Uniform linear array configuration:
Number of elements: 8
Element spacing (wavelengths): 0.75
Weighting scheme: cosine
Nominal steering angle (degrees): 30
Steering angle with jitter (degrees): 30.213
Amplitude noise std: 0.05
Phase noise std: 0.05

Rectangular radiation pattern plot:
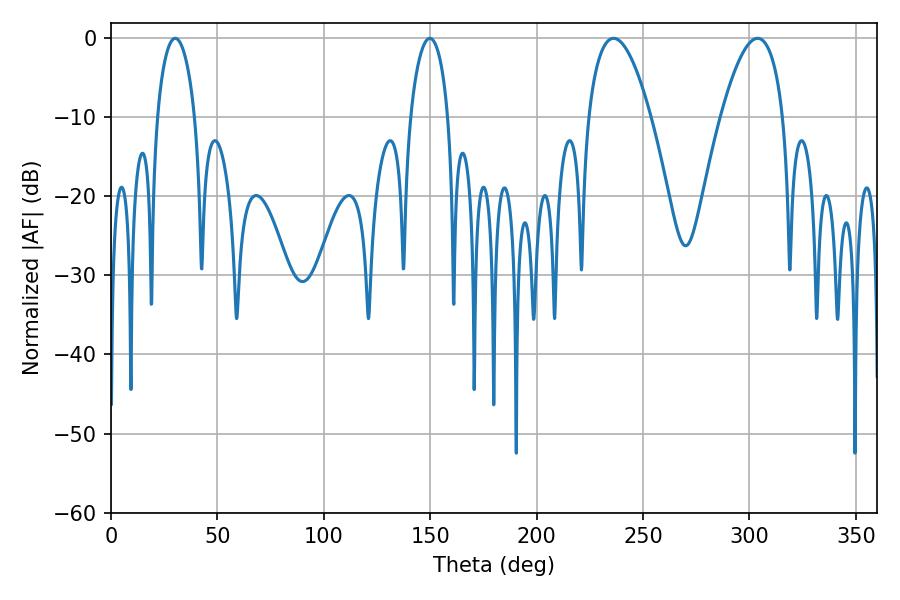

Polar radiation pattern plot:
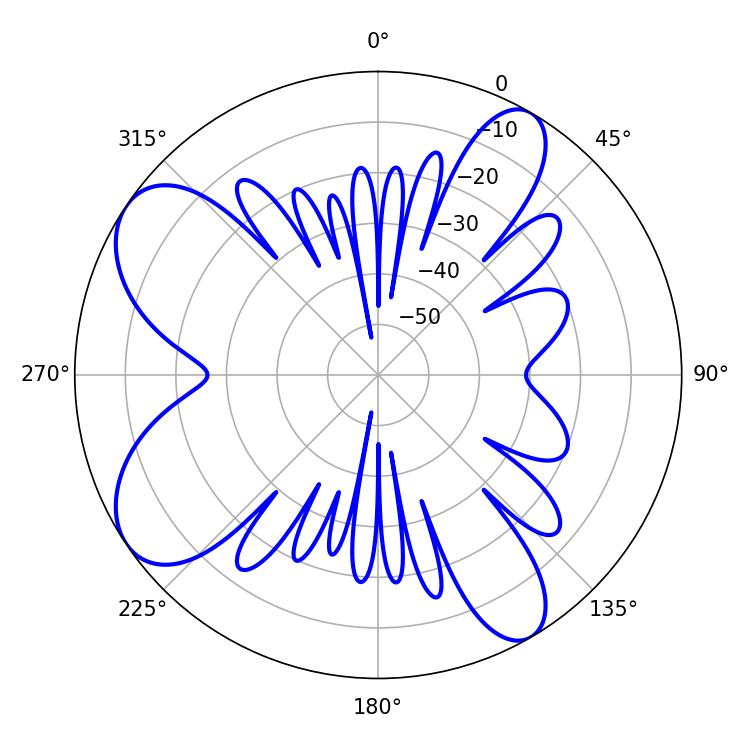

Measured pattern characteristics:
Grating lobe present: TRUE
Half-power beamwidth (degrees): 16.2
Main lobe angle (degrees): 236.16